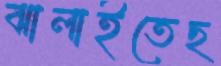
ঝালাইতেছ